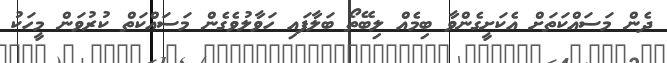
ދެން މަސައްކަތަށް އެކަށީގެންވާ ބިމެއް ލިބޭތޯ ބަލާފައި ހަވާލުވެގެން މަސައްކަތް ކުރުވަން މީހަކު